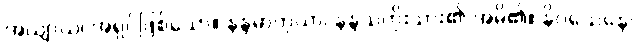
အယျာယ၊ အရှင်ဖြစ်သော။ နန္ဒမာတုယာ၊ နန္ဒသတိုးသား၏ အမိ၏။ နိဝသေနေ၊